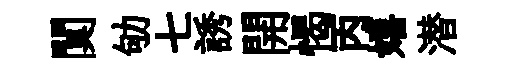
闃劬七誘開愒丙嬉潜